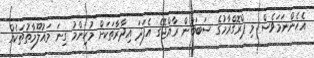
އެހެންނަމަވެސް މި ޕްރޮގްރާމުގެ ސަބަބުން ރާއްޖޭގެ އެފަދަ އިދާރާތަކަށް މުހިންމު ގިނަ މައުލޫމާތުތަކެއް